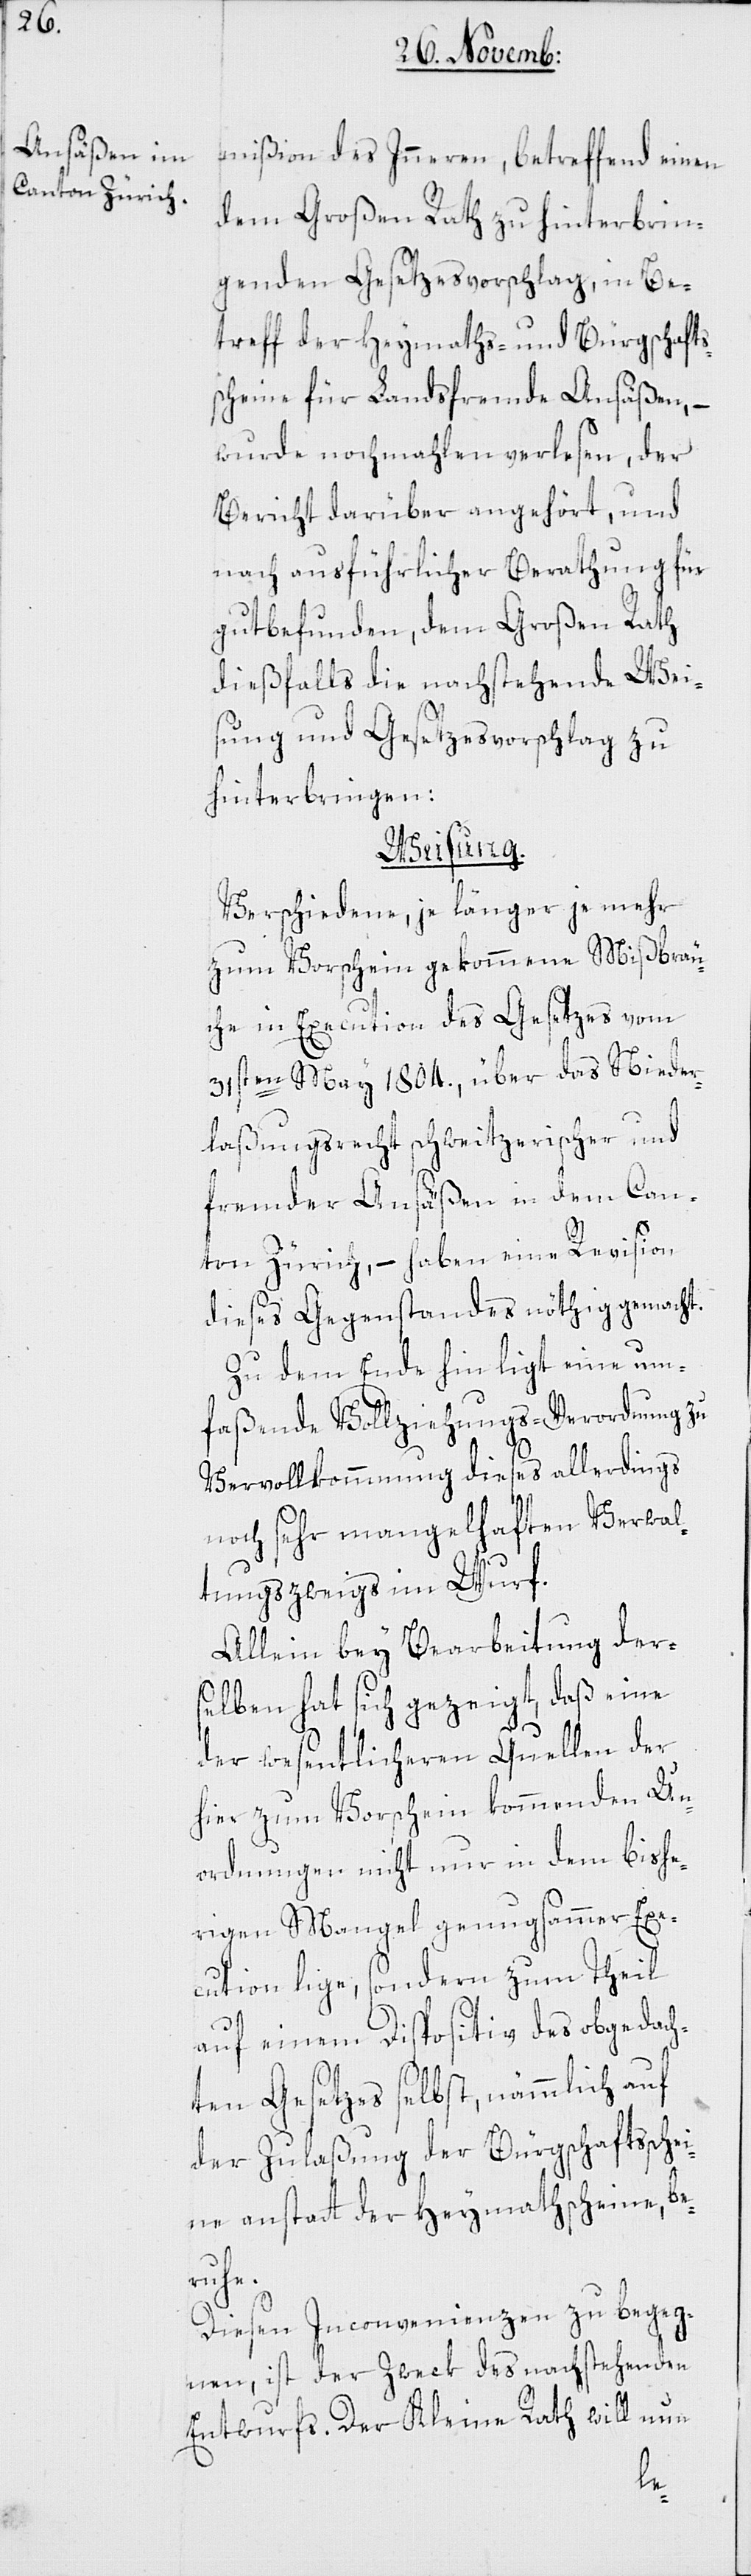
mißion des Inneren, betreffend einen
dem Großen Rath zu hinterbrin¬
genden Gesetzesvorschlag, in Be¬
treff der Heymaths- und Bürgschafts¬
scheine für Landsfremde Ansäßen, –
wurde nochmahlen verlesen, der
Bericht darüber angehört, und
nach ausführlicher Berathung für
gut befunden, dem Großen Rath
dießfalls die nachstehende Wei¬
sung und Gesetzesvorschlag zu
hinterbringen:
Weisung.
Verschiedene, je länger je mehr
zum Vorschein gekommene Mißbräu¬
che in Execution des Gesetzes vom
31sten May 1804., über das Nieder¬
laßungsrecht schweitzerischer, und
fremder Ansäßen in dem Can¬
ton Zürich, – haben eine Revision
dieses Gegenstandes nöthig gemacht.
Zu dem Ende hin ligt eine um¬
faßende Vollziehungs-Verordnung zu
Vervollkommnung dieses allerdings
noch sehr mangelhaften Verwal¬
tungszweigs im Wurf.
Allein bey Bearbeitung der¬
selben hat sich gezeigt, daß eine
der wesentlicheren Quellen der
hier zum Vorschein kommenden Un¬
ordnungen nicht nur in dem bishe¬
rigen Mangel genugsammer Ex¬
ecution lige, sondern zum Theil
auf einem Dispositiv des obgedach¬
ten Gesetzes selbst, nämmlich auf
der Zulaßung der Bürgschaftsschei¬
ne anstatt der Heymathscheine be¬
ruhe.
Diesen Inconvenienzen zu begeg¬
nen, ist der Zweck des nachstehenden
Entwurfs. Der Kleine Rath will nun